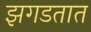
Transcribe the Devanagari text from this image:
झगडतात